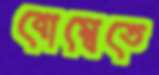
বোম্বেতে